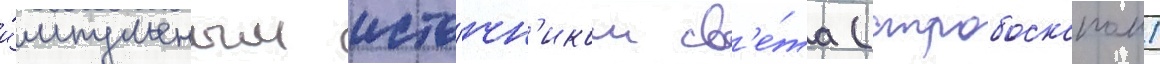
и́мпульсным исто́чн'иком св'е́та (стробоскопом)